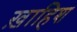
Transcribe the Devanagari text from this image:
ख़ाहिश